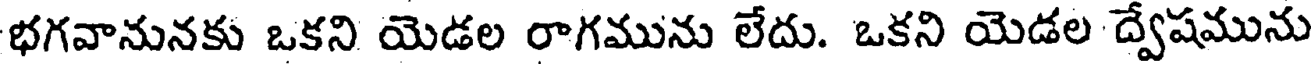
భగవానునకు ఒకని యెడల రాగమును లేదు. ఒకని యెడల ద్వేషమును